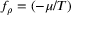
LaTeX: f _ { \rho } = ( - \mu / T )